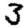
Digit: 3